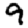
Digit: 9